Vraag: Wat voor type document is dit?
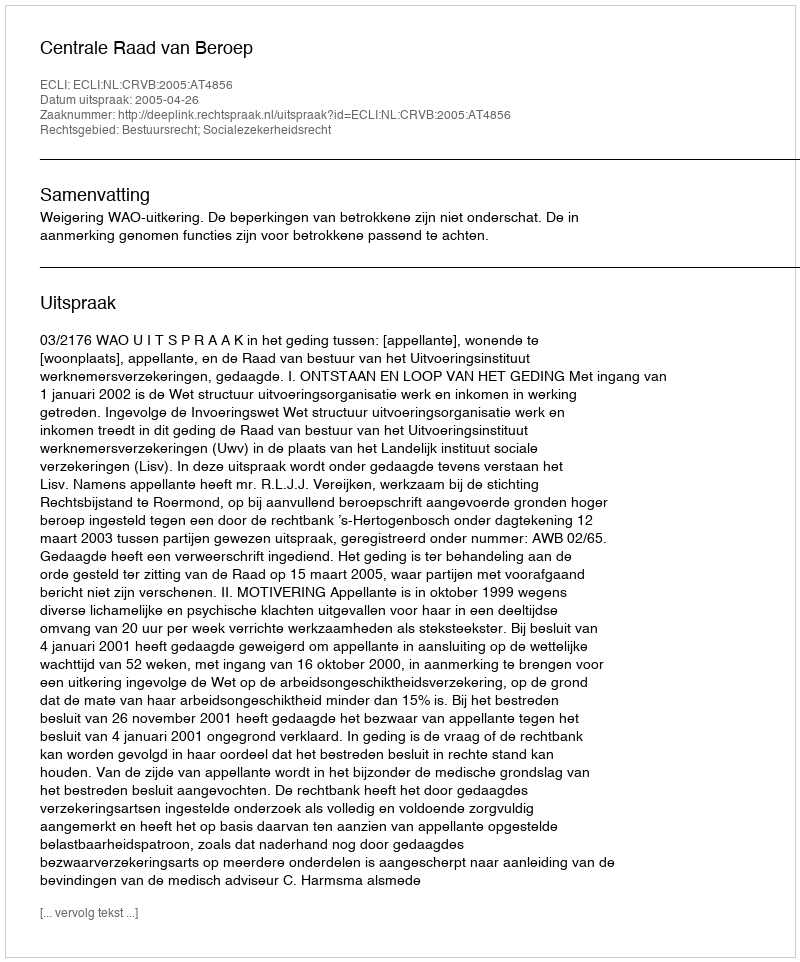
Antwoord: Uitspraak